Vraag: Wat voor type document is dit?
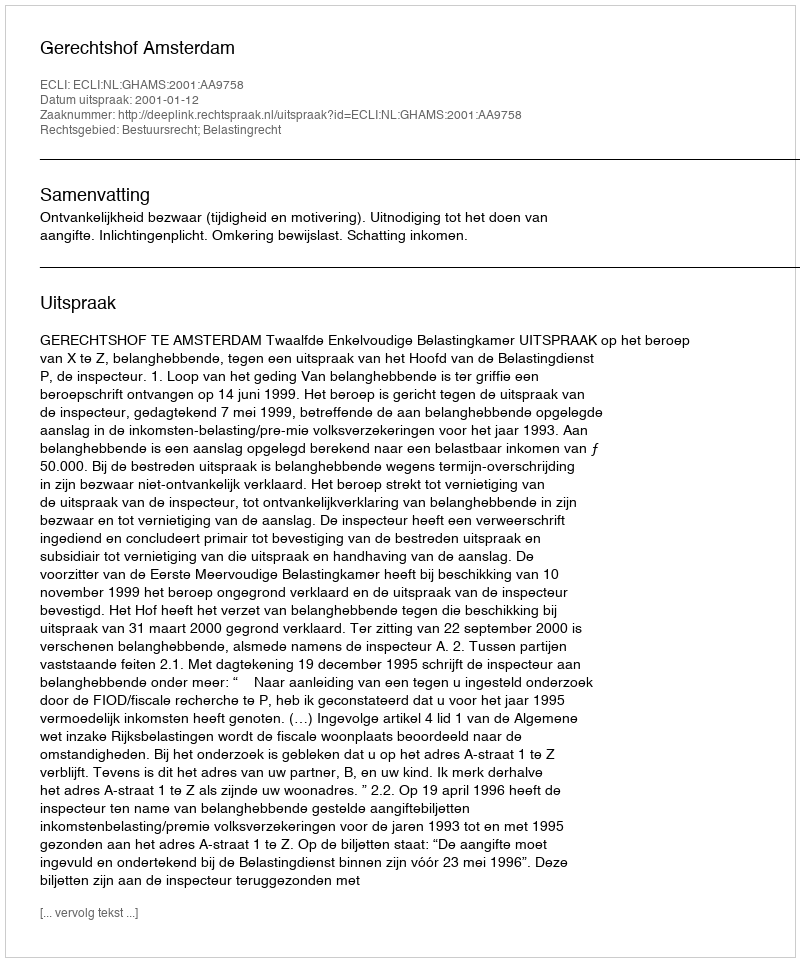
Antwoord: Uitspraak